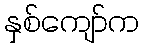
နှစ်ကျော်က